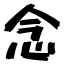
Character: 念